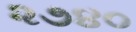
૨૭૪૦